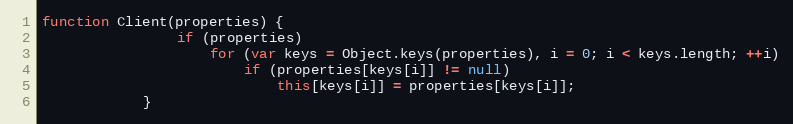
Language: JavaScript
function Client(properties) {
				if (properties)
					for (var keys = Object.keys(properties), i = 0; i < keys.length; ++i)
						if (properties[keys[i]] != null)
							this[keys[i]] = properties[keys[i]];
			}